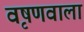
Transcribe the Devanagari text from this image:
वृषणवाला